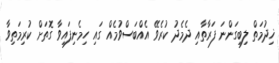
ޚިދުމަތް ލިބިގަންނަ ފަރާތާއި ދެމެދު ކުރެވޭ އެއްބަސްވުމެއް ގައި ހިމެނިފައިވާ ގޮތަށް ކުރިމަތިވާ